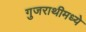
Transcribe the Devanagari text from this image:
गुजराथीमध्ये